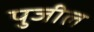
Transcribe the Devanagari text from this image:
पुजील